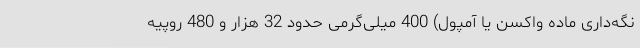
نگه‌داری ماده واکسن یا آمپول) 400 میلی‌گرمی حدود 32 هزار و 480 روپیه